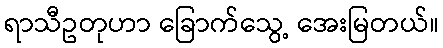
ရာသီဥတုဟာ ခြောက်သွေ့ အေးမြတယ်။